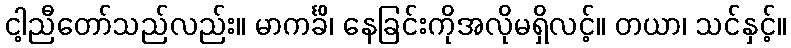
ငါ့ညီတော်သည်လည်း။ မာကင်္ခိ၊ နေခြင်းကိုအလိုမရှိလင့်။ တယာ၊ သင်နှင့်။